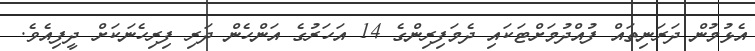
އެޅުމުން ދަރަނިތައް ފުއްދުމަށްޓަކައި ދެމަފިރިންގެ 14 އަހަރުގެ އަންހެން ދަރި ފިރިހެނަކަށް ދީފިއެވެ.